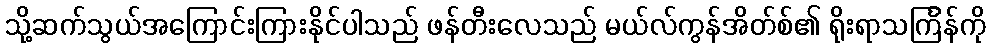
သို့ဆက်သွယ်အကြောင်းကြားနိုင်ပါသည် ဖန်တီးလေသည် မယ်လ်ကွန်အိတ်စ်၏ ရိုးရာသင်္ကြန်ကို